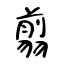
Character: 翦